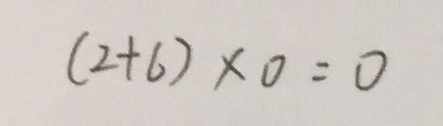
( 2 + 6 ) \times 0 = 0